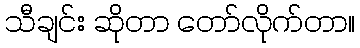
သီချင်း ဆိုတာ တော်လိုက်တာ။